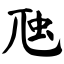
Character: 虺